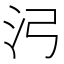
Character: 𬇗